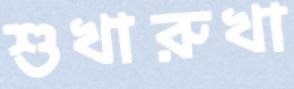
শুখারুখা